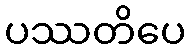
ပဿတိပေ